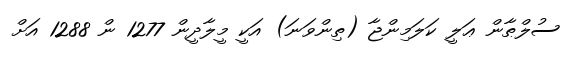
ސުލްޠާން ޢަލީ ކަލަމިންޖާ (ތިންވަނަ) އަކީ މީލާދީން 1277 ން 1288 އަށް